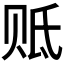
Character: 𰷢